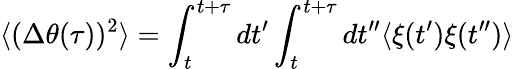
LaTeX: \langle(\Delta\theta(\tau))^{2}\rangle=\int_{t}^{t+\tau}dt^{\prime}\int_{t}^{t+\tau}dt^{\prime\prime}\langle\xi(t^{\prime})\xi(t^{\prime\prime})\rangle